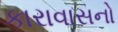
કારાવાસનો